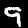
Label: 9